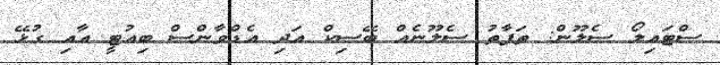
ސްޓައިލޯ ސެލޫން: ތަފާތު ސެލޫނެއް ބޭސިކް އަދި އެޑްވާންސް ބިއުޓީ އާއި ގުޅޭ